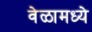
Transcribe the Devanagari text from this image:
वेळामध्ये